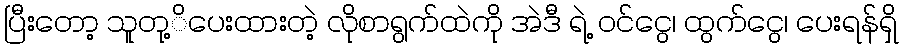
ပြီးတော့ သူတု့ိပေးထားတဲ့ လိုစာရွက်ထဲကို အဲဒီ ရဲ့ ဝင်ငွေ၊ ထွက်ငွေ၊ ပေးရန်ရှိ